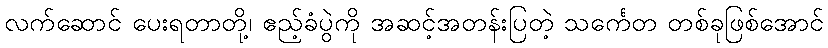
လက်ဆောင် ပေးရတာတို့၊ ဧည့်ခံပွဲကို အဆင့်အတန်းပြတဲ့ သင်္ကေတ တစ်ခုဖြစ်အောင်